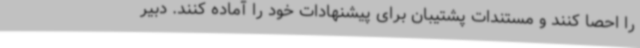
را احصا کنند و مستندات پشتیبان برای پیشنهادات خود را آماده کنند. دبیر